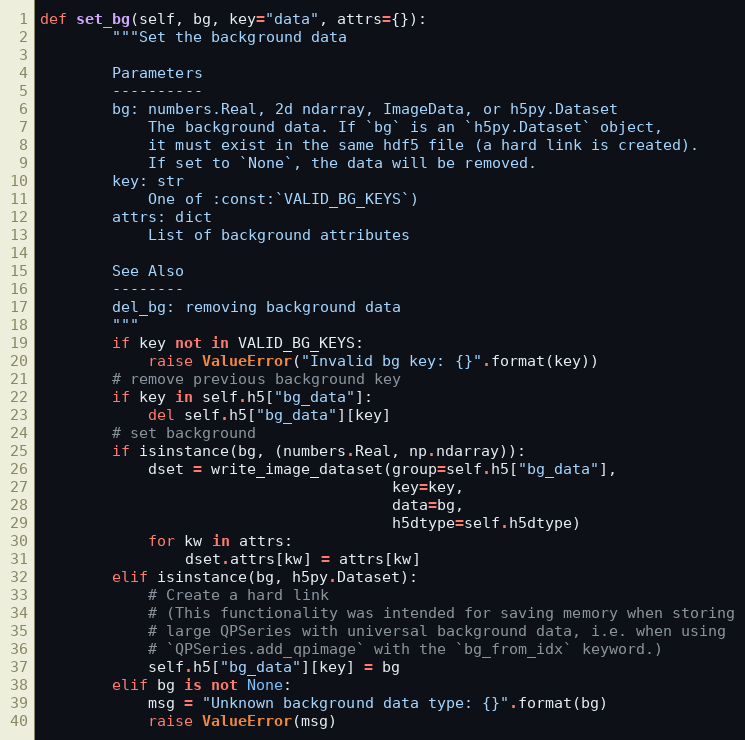
Language: Python
def set_bg(self, bg, key="data", attrs={}):
        """Set the background data

        Parameters
        ----------
        bg: numbers.Real, 2d ndarray, ImageData, or h5py.Dataset
            The background data. If `bg` is an `h5py.Dataset` object,
            it must exist in the same hdf5 file (a hard link is created).
            If set to `None`, the data will be removed.
        key: str
            One of :const:`VALID_BG_KEYS`)
        attrs: dict
            List of background attributes

        See Also
        --------
        del_bg: removing background data
        """
        if key not in VALID_BG_KEYS:
            raise ValueError("Invalid bg key: {}".format(key))
        # remove previous background key
        if key in self.h5["bg_data"]:
            del self.h5["bg_data"][key]
        # set background
        if isinstance(bg, (numbers.Real, np.ndarray)):
            dset = write_image_dataset(group=self.h5["bg_data"],
                                       key=key,
                                       data=bg,
                                       h5dtype=self.h5dtype)
            for kw in attrs:
                dset.attrs[kw] = attrs[kw]
        elif isinstance(bg, h5py.Dataset):
            # Create a hard link
            # (This functionality was intended for saving memory when storing
            # large QPSeries with universal background data, i.e. when using
            # `QPSeries.add_qpimage` with the `bg_from_idx` keyword.)
            self.h5["bg_data"][key] = bg
        elif bg is not None:
            msg = "Unknown background data type: {}".format(bg)
            raise ValueError(msg)